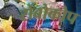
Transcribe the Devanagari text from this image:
रोबोकोप